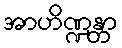
အာဟိဏ္ဍန္တာ